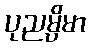
ပုညမ္ပိမာ